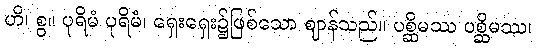
ဟိ၊ စွ။ ပုရိမံ ပုရိမံ၊ ရှေးရှေး၌ဖြစ်သော ဈာန်သည်။ ပစ္ဆိမဿ ပစ္ဆိမဿ၊